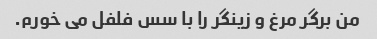
من برگر مرغ و زینگر را با سس فلفل می خورم.